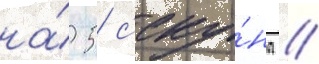
на́ 5 с'еку́нд //